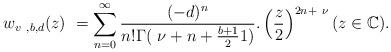
LaTeX: \begin{align*}\displaystyle~w_{v~,b,d}(z)~=\sum_{n=0}^{\infty }\frac{(-d)^{n}}{n!\Gamma(~\nu +n+\frac{b+1}{2}1)}.\left( \frac{z}{2}\right) ^{2n+~\nu }(z\in \mathbb{C).} \end{align*}